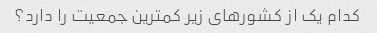
کدام یک از کشورهای زیر کمترین جمعیت را دارد؟